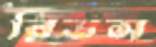
রিডস